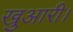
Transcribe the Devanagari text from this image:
खुआरी।